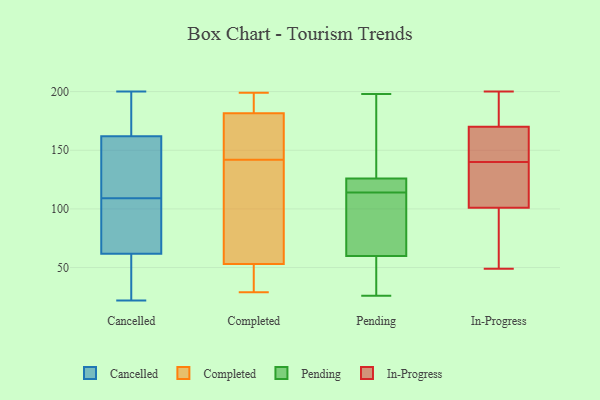
{"axis": {"x": "Tickets Resolved", "y": "Value"}, "legend": ["Cancelled", "Completed", "In-Progress", "Pending"], "data": [{"x": "", "y": 30, "type": "Cancelled"}, {"x": "", "y": 22, "type": "Cancelled"}, {"x": "", "y": 151, "type": "Cancelled"}, {"x": "", "y": 109, "type": "Cancelled"}, {"x": "", "y": 188, "type": "Cancelled"}, {"x": "", "y": 115, "type": "Cancelled"}, {"x": "", "y": 197, "type": "Cancelled"}, {"x": "", "y": 154, "type": "Cancelled"}, {"x": "", "y": 149, "type": "Cancelled"}, {"x": "", "y": 200, "type": "Cancelled"}, {"x": "", "y": 31, "type": "Cancelled"}, {"x": "", "y": 186, "type": "Cancelled"}, {"x": "", "y": 67, "type": "Cancelled"}, {"x": "", "y": 46, "type": "Cancelled"}, {"x": "", "y": 104, "type": "Cancelled"}, {"x": "", "y": 91, "type": "Cancelled"}, {"x": "", "y": 72, "type": "Cancelled"}, {"x": "", "y": 135, "type": "Completed"}, {"x": "", "y": 195, "type": "Completed"}, {"x": "", "y": 29, "type": "Completed"}, {"x": "", "y": 39, "type": "Completed"}, {"x": "", "y": 160, "type": "Completed"}, {"x": "", "y": 197, "type": "Completed"}, {"x": "", "y": 156, "type": "Completed"}, {"x": "", "y": 99, "type": "Completed"}, {"x": "", "y": 199, "type": "Completed"}, {"x": "", "y": 39, "type": "Completed"}, {"x": "", "y": 145, "type": "Completed"}, {"x": "", "y": 134, "type": "Completed"}, {"x": "", "y": 168, "type": "Completed"}, {"x": "", "y": 196, "type": "Completed"}, {"x": "", "y": 38, "type": "Completed"}, {"x": "", "y": 139, "type": "Completed"}, {"x": "", "y": 196, "type": "Completed"}, {"x": "", "y": 67, "type": "Completed"}, {"x": "", "y": 164, "type": "Completed"}, {"x": "", "y": 34, "type": "Completed"}, {"x": "", "y": 77, "type": "Pending"}, {"x": "", "y": 140, "type": "Pending"}, {"x": "", "y": 63, "type": "Pending"}, {"x": "", "y": 115, "type": "Pending"}, {"x": "", "y": 194, "type": "Pending"}, {"x": "", "y": 48, "type": "Pending"}, {"x": "", "y": 36, "type": "Pending"}, {"x": "", "y": 122, "type": "Pending"}, {"x": "", "y": 120, "type": "Pending"}, {"x": "", "y": 114, "type": "Pending"}, {"x": "", "y": 119, "type": "Pending"}, {"x": "", "y": 26, "type": "Pending"}, {"x": "", "y": 138, "type": "Pending"}, {"x": "", "y": 198, "type": "Pending"}, {"x": "", "y": 50, "type": "Pending"}, {"x": "", "y": 63, "type": "Pending"}, {"x": "", "y": 89, "type": "Pending"}, {"x": "", "y": 188, "type": "In-Progress"}, {"x": "", "y": 117, "type": "In-Progress"}, {"x": "", "y": 101, "type": "In-Progress"}, {"x": "", "y": 165, "type": "In-Progress"}, {"x": "", "y": 144, "type": "In-Progress"}, {"x": "", "y": 143, "type": "In-Progress"}, {"x": "", "y": 200, "type": "In-Progress"}, {"x": "", "y": 170, "type": "In-Progress"}, {"x": "", "y": 137, "type": "In-Progress"}, {"x": "", "y": 51, "type": "In-Progress"}, {"x": "", "y": 172, "type": "In-Progress"}, {"x": "", "y": 115, "type": "In-Progress"}, {"x": "", "y": 58, "type": "In-Progress"}, {"x": "", "y": 49, "type": "In-Progress"}]}